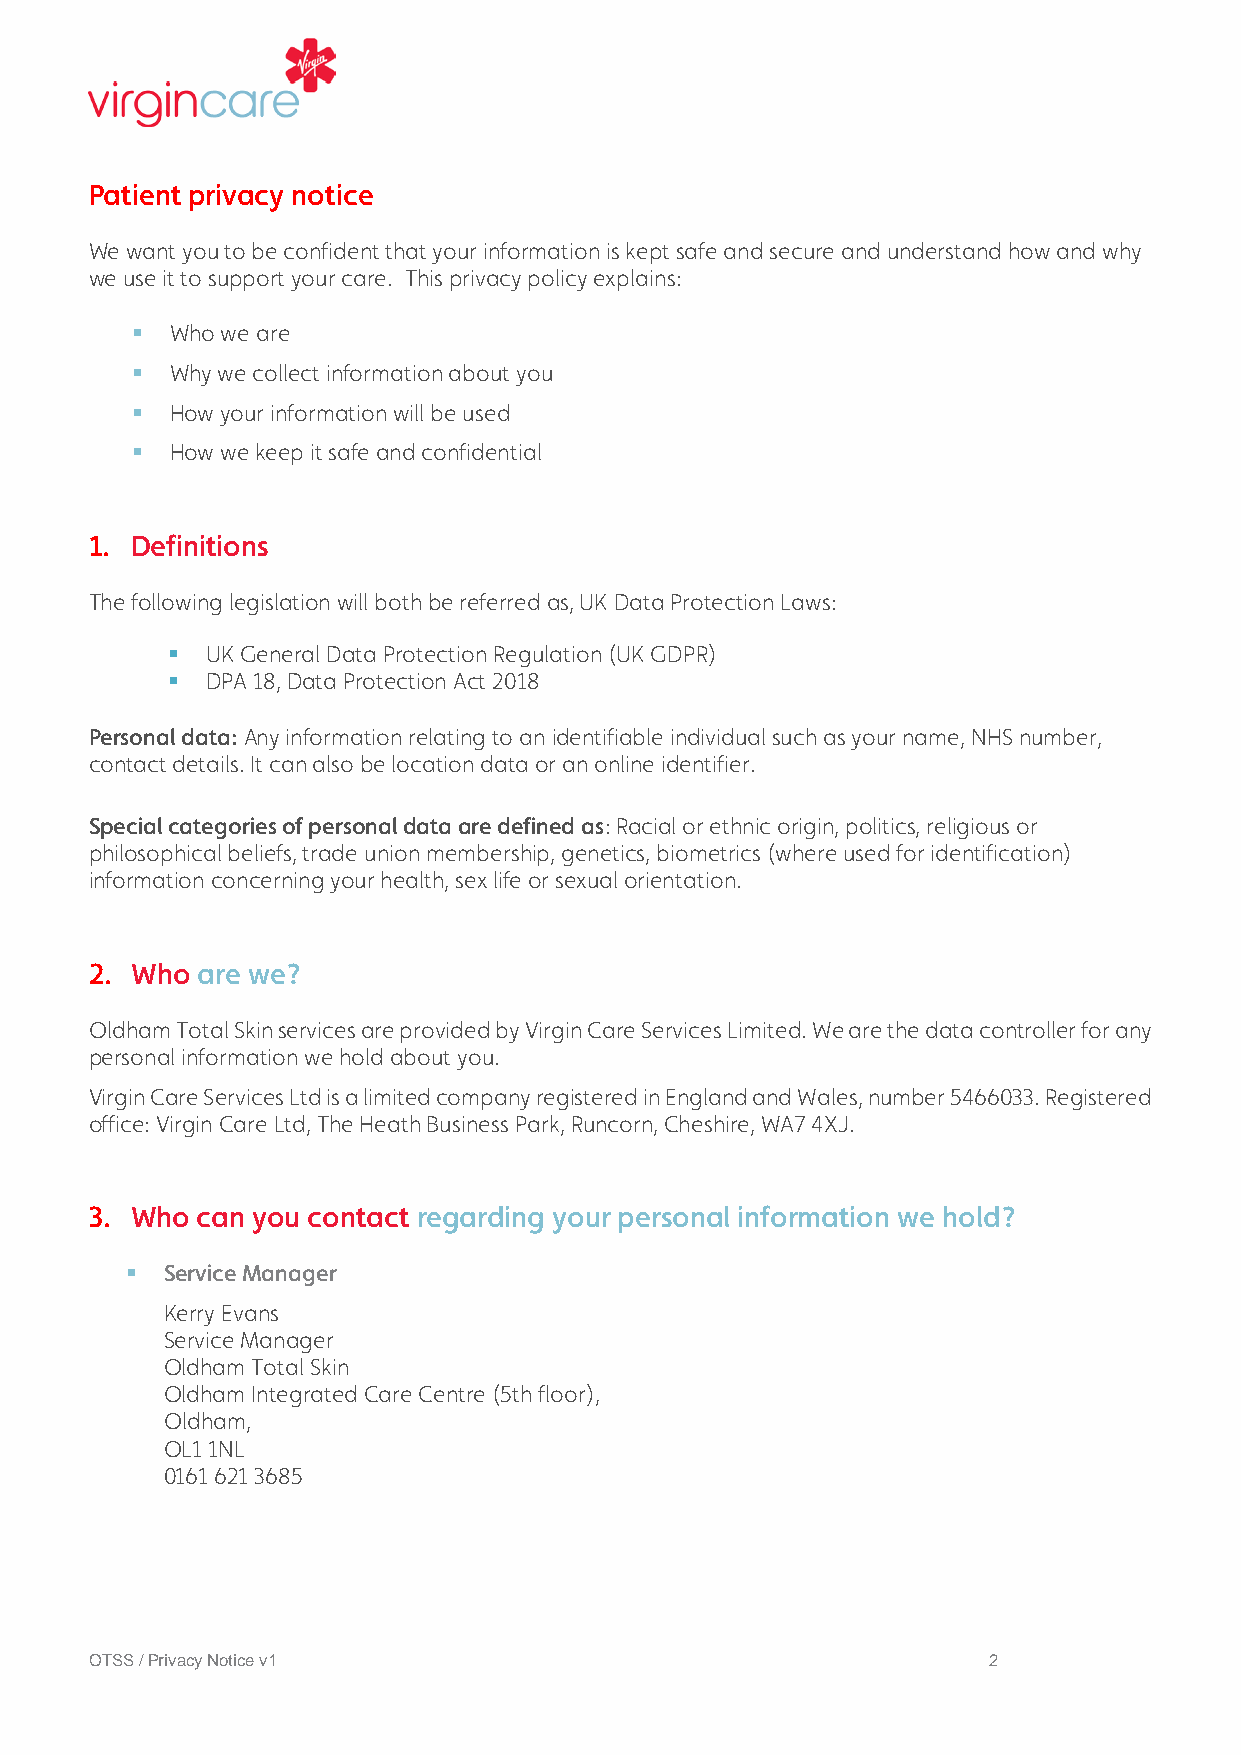
Patient privacy notice
 We want you to be confident that your information is kept safe and secure and understand how and why
 we use it to support your care. This privacy policy explains:
  Who we are
  Why we collect information about you
  How your information will be used
  How we keep it safe and confidential
 1. Definitions
 The following legislation will both be referred as, UK Data Protection Laws:
   UK General Data Protection Regulation (UK GDPR)
   DPA 18, Data Protection Act 2018
 Personal data: Any information relating to an identifiable individual such as your name, NHS number,
 contact details. It can also be location data or an online identifier.
 Special categories of personal data are defined as: Racial or ethnic origin, politics, religious or
 philosophical beliefs, trade union membership, genetics, biometrics (where used for identification)
 information concerning your health, sex life or sexual orientation.
 2. Who are we?
 Oldham Total Skin services are provided by Virgin Care Services Limited. We are the data controller for any
 personal information we hold about you.
 Virgin Care Services Ltd is a limited company registered in England and Wales, number 5466033. Registered
 office: Virgin Care Ltd, The Heath Business Park, Runcorn, Cheshire, WA7 4XJ.
 3. Who can you contact regarding your personal information we hold?
   Service Manager
 Kerry Evans
 Service Manager
 Oldham Total Skin
 Oldham Integrated Care Centre (5th floor),
 Oldham,
 OL1 1NL
 0161 621 3685
 OTSS / Privacy Notice v1                                   2